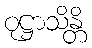
ဝုဋ္ဌာသိန္တိ